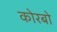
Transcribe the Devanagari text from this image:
कोरबो